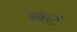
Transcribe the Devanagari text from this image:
स्वार्ट